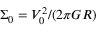
\Sigma _ { 0 } = V _ { 0 } ^ { 2 } / ( 2 \pi G R )